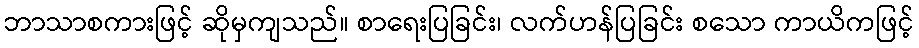
ဘာသာစကားဖြင့် ဆိုမှကျသည်။ စာရေးပြခြင်း၊ လက်ဟန်ပြခြင်း စသော ကာယိကဖြင့်